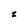
Character: z